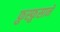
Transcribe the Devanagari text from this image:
फ़ुस्फ़ुसाने